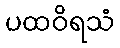
ပထဝိရသံ